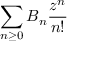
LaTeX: \sum _ { n \geq 0 } B _ { n } { \frac { z ^ { n } } { n ! } }